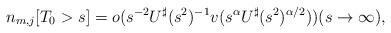
LaTeX: \begin{align*}n_{m,j}[T_0 > s ] = o(s^{-2}U^{\sharp}(s^2)^{-1}v(s^{\alpha}U^{\sharp}(s^2)^{\alpha/2})) (s \to \infty), \end{align*}